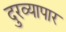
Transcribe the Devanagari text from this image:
दुरव्यापार